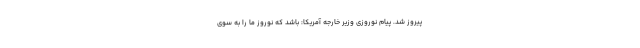
پیروز شد. پیام نوروزی وزیر خارجه آمریکا: باشد که نوروز ما را به سوی